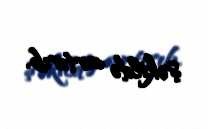
şəkildə artırıb.